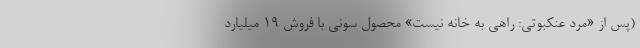
(پس از «مرد عنکبوتی: راهی به خانه نیست» محصول سونی با فروش ۱۹ میلیارد